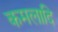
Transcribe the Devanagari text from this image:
कमलादि